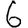
Digit: 6